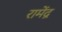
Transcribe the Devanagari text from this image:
रामेंद्र